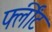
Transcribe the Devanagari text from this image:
फ्लींट